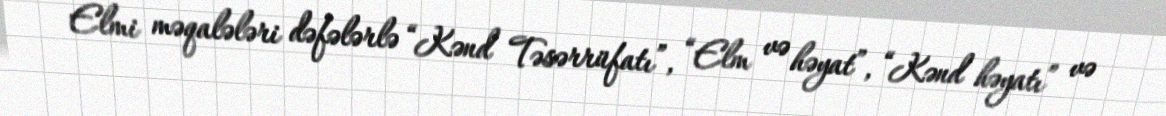
Elmi məqalələri dəfələrlə “Kənd Təsərrüfatı”, “Elm və həyat”, “Kənd həyatı” və